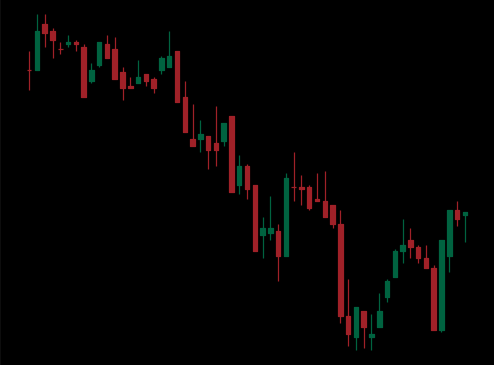
Pattern: bull_flag